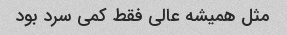
مثل همیشه عالی فقط کمی سرد بود